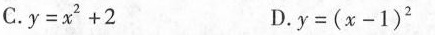
C. $$y = x ^ { 2 } + 2$$ D. $$y = ( x - 1 ) ^ { 2 }$$